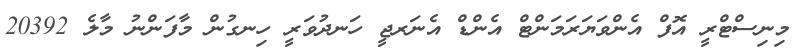
މިނިސްޓްރީ އޮފް އެންވަޔަރަމަންޓް އެންޑް އެނަރޖީ ހަނދުވަރީ ހިނގުން މާފަންނު މާލެ 20392